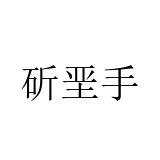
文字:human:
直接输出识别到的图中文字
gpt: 斫垩手